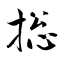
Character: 捴